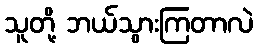
သူတို့ ဘယ်သွားကြတာလဲ